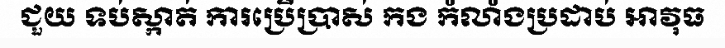
ជួយ ទប់ស្កាត់ ការប្រើប្រាស់ កង កំលាំងប្រដាប់ អាវុធ